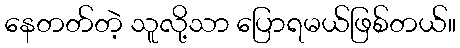
နေတတ်တဲ့ သူလို့သာ ပြောရမယ်ဖြစ်တယ်။